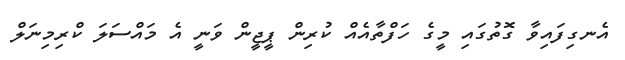
އެނގިފައިވާ ގޮތުގައި މީގެ ހަފްތާއެއް ކުރިން ޕީޖީން ވަނީ އެ މައްސަލަ ކްރިމިނަލް